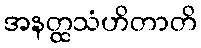
အနတ္ထသံဟိတာတိ